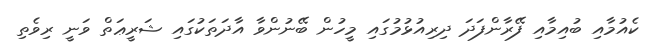
ކެއުމާއި ބުއިމާއި ފޭރާންފަދަ ދިރިއުޅުމުގައި މީހުން ބޭނުންވާ އާދަތަކުގައި ޝަރީޢަތް ވަނީ ރިވެތި